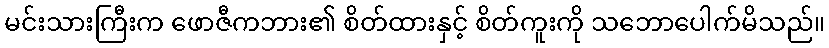
မင်းသားကြီးက ဖောဇီကဘား၏ စိတ်ထားနှင့် စိတ်ကူးကို သဘောပေါက်မိသည်။